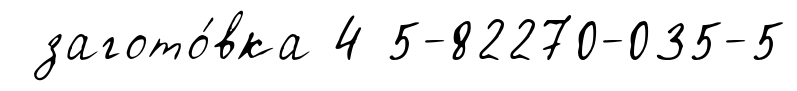
загото́вка 4 5-82270-035-5